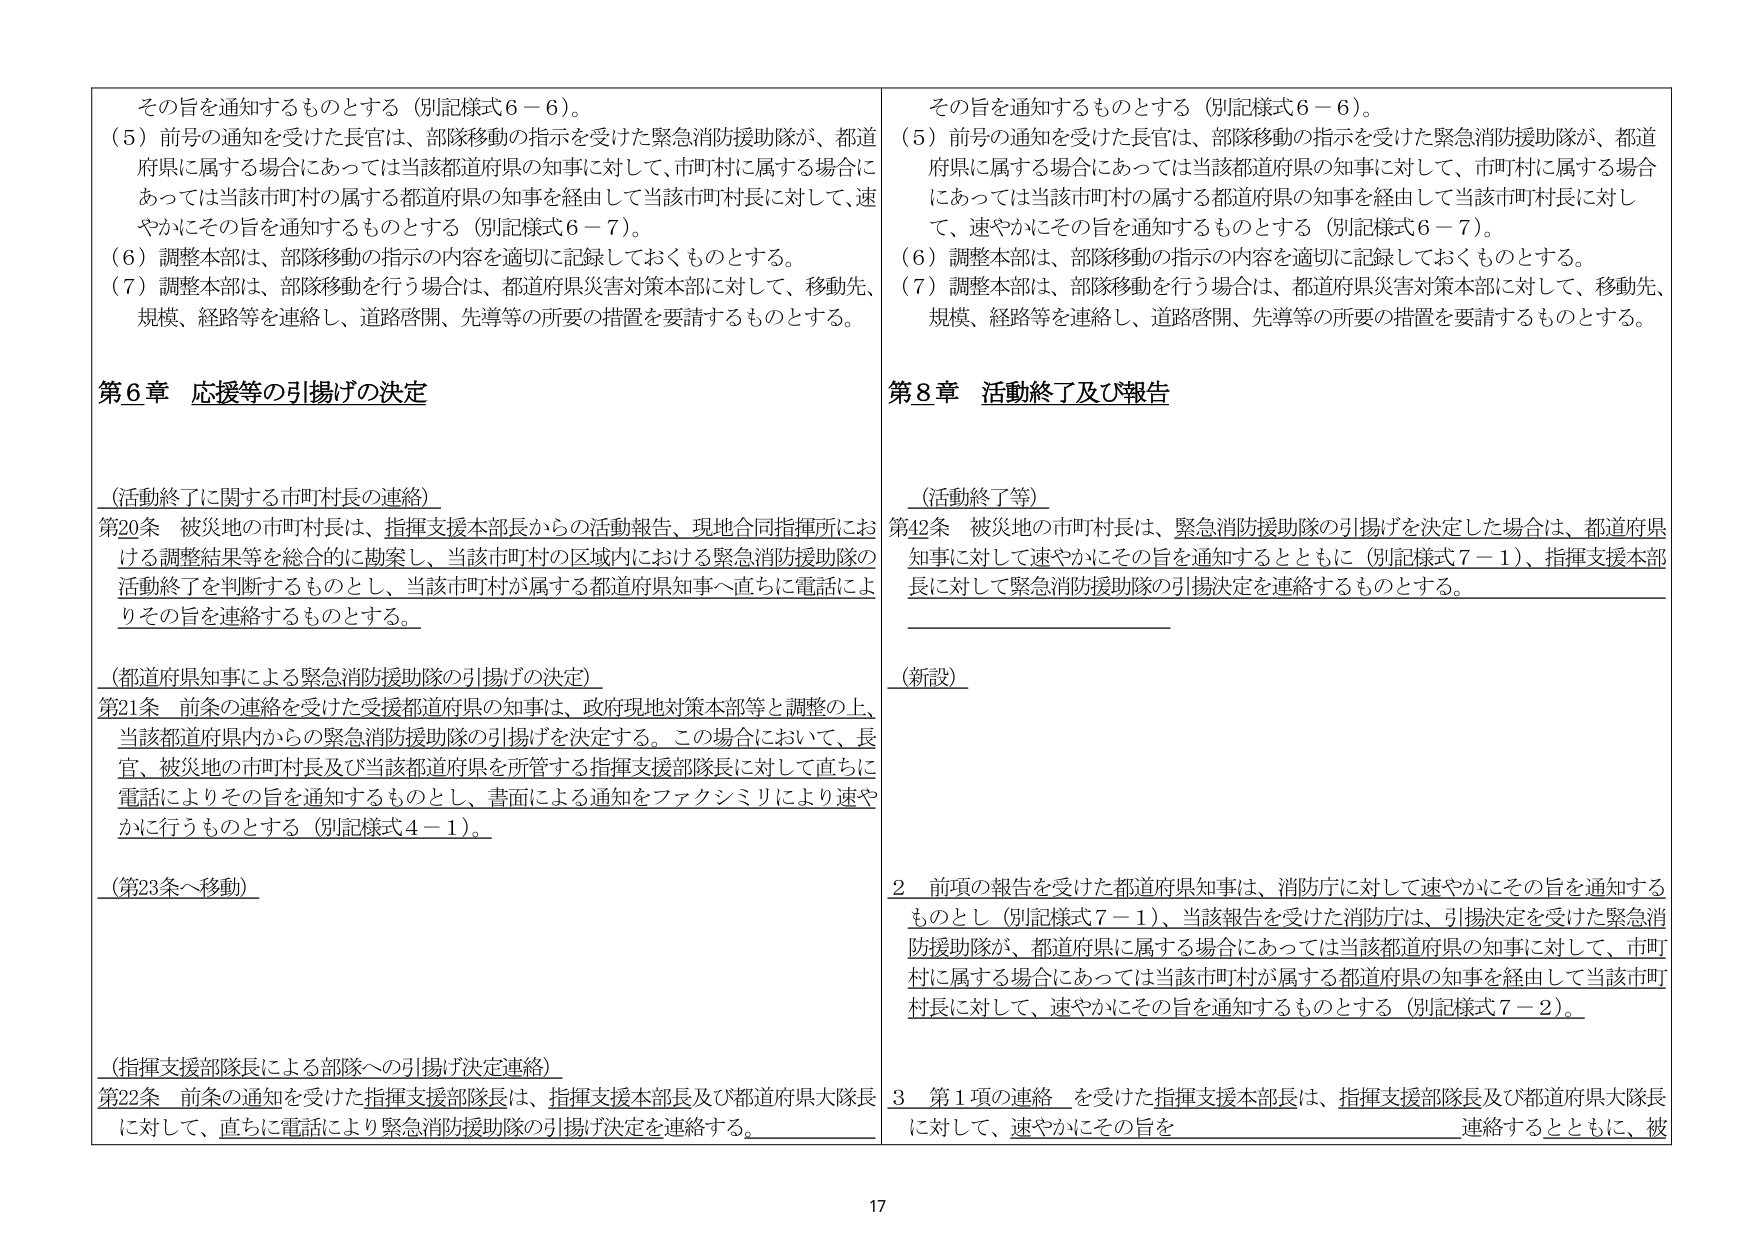
その旨を通知するものとする（別記様式６－６）。
（５）前号の通知を受けた長官は、部隊移動の指示を受けた緊急消防援助隊が、都道府県に属する場合にあっては当該都道府県の知事に対して、市町村に属する場合にあっては当該市町村の属する都道府県の知事を経由して当該市町村長に対して、速やかにその旨を通知するものとする（別記様式６－７）。
（６）調整本部は、部隊移動の指示の内容を適切に記録しておくものとする。
（７）調整本部は、部隊移動を行う場合は、都道府県災害対策本部に対して、移動先、規模、経路等を連絡し、道路啓開、先導等の所要の措置を要請するものとする。

第６章 応援等の引揚げの決定

（活動終了に関する市町村長の連絡）
第20条 被災地の市町村長は、指揮支援本部長からの活動報告、現地合同指揮所における調整結果等を総合的に勘案し、当該市町村の区域内における緊急消防援助隊の活動終了を判断するものとし、当該市町村が属する都道府県知事へ直ちに電話によりその旨を連絡するものとする。

（都道府県知事による緊急消防援助隊の引揚げの決定）
第21条 前条の連絡を受けた受援都道府県の知事は、政府現地対策本部等と調整の上、当該都道府県内からの緊急消防援助隊の引揚げを決定する。この場合において、長官、被災地の市町村長及び当該都道府県を所管する指揮支援部隊長に対して直ちに電話によりその旨を通知するものとし、書面による通知をファクシミリにより速やかに行うものとする（別記様式４－１）。

（第23条へ移動）

（指揮支援部隊長による部隊への引揚げ決定連絡）
第22条 前条の通知を受けた指揮支援部隊長は、指揮支援本部長及び都道府県大隊長に対して、直ちに電話により緊急消防援助隊の引揚げ決定を連絡する。

その旨を通知するものとする（別記様式６－６）。
（５）前号の通知を受けた長官は、部隊移動の指示を受けた緊急消防援助隊が、都道府県に属する場合にあっては当該都道府県の知事に対して、市町村に属する場合にあっては当該市町村の属する都道府県の知事を経由して当該市町村長に対して、速やかにその旨を通知するものとする（別記様式６－７）。
（６）調整本部は、部隊移動の指示の内容を適切に記録しておくものとする。
（７）調整本部は、部隊移動を行う場合は、都道府県災害対策本部に対して、移動先、規模、経路等を連絡し、道路啓開、先導等の所要の措置を要請するものとする。

第８章 活動終了及び報告

（活動終了等）
第42条 被災地の市町村長は、緊急消防援助隊の引揚げを決定した場合は、都道府県知事に対して速やかにその旨を通知するとともに（別記様式７－１）、指揮支援本部長に対して緊急消防援助隊の引揚決定を連絡するものとする。

（新設）

２ 前項の報告を受けた都道府県知事は、消防庁に対して速やかにその旨を通知するものとし（別記様式７－１）、当該報告を受けた消防庁は、引揚決定を受けた緊急消防援助隊が、都道府県に属する場合にあっては当該都道府県の知事に対して、市町村に属する場合にあっては当該市町村が属する都道府県の知事を経由して当該市町村長に対して、速やかにその旨を通知するものとする（別記様式７－２）。

３ 第１項の連絡を受けた指揮支援本部長は、指揮支援部隊長及び都道府県大隊長に対して、速やかにその旨を連絡するとともに、被

17